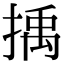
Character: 𢯺